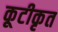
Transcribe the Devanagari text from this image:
कूटीकृत